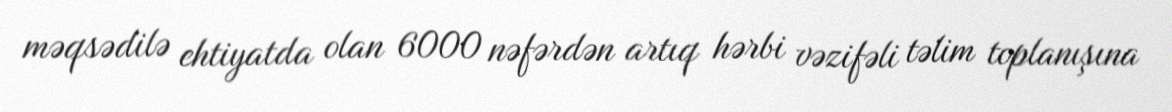
məqsədilə ehtiyatda olan 6000 nəfərdən artıq hərbi vəzifəli təlim toplanışına